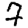
Digit: 7